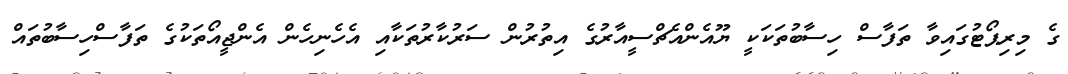
ގެ މިރިޕޯޓުގައިވާ ތަފާސް ހިސާބުތަކަކީ ޔޫއެންއެޗްސީއާރުގެ އިތުރުން ސަރުކާރުތަކާއި އެހެނިހެން އެންޖީއޯތަކުގެ ތަފާސްހިސާބުތައް